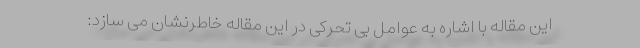
این مقاله با اشاره به عوامل بی تحرکی در این مقاله خاطرنشان می سازد: